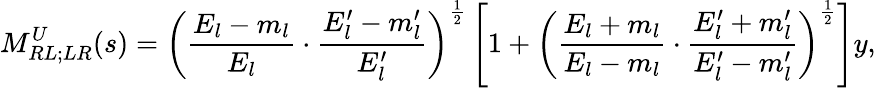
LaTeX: M_{RL;LR}^{U}(s)=\left(\frac{E_{l}-m_{l}}{E_{l}}\cdot\frac{E_{l}^{\prime}-m_{l}^{\prime}}{E_{l}^{\prime}}\right)^{\frac{1}{2}}\left[1+\left(\frac{E_{l}+m_{l}}{E_{l}-m_{l}}\cdot\frac{E_{l}^{\prime}+m_{l}^{\prime}}{E_{l}^{\prime}-m_{l}^{\prime}}\right)^{\frac{1}{2}}\right]y,